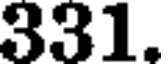
331.